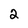
Character: 2